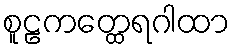
စူဠကတ္ထေရဂါထာ